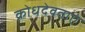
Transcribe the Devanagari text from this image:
क्रोधदेवताएं